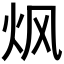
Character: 𮳠